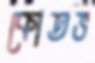
কোতভ